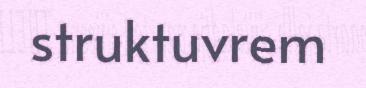
struktuvrem